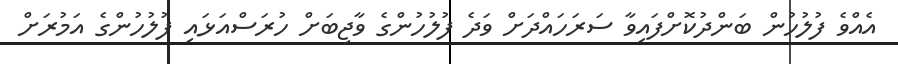
އެއްވެ ފުލުހުން ބަންދުކޮށްފައިވާ ސަރަހައްދަށް ވަދެ ފުލުހުންގެ ވާޖިބަށް ހުރަސްއަޅައި ފުލުހުންގެ އަމުރަށް